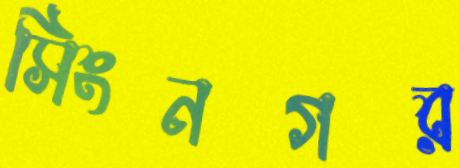
সিংনগর